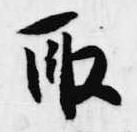
取